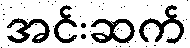
အင်းဆက်